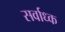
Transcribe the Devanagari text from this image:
सर्वाध्क